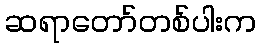
ဆရာတော်တစ်ပါးက